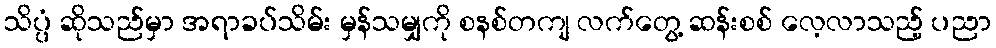
သိပ္ပံ ဆိုသည်မှာ အရာခပ်သိမ်း မှန်သမျှကို စနစ်တကျ လက်တွေ့ ဆန်းစစ် လေ့လာသည့် ပညာ